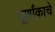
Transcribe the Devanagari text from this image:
पूर्णांकाचे